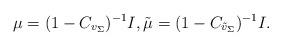
LaTeX: \begin{gather*}\mu = (1 - C_{v_\Sigma} )^{-1} I, \tilde{\mu} = (1 - C_{\tilde{v}_\Sigma} )^{-1} I.\end{gather*}